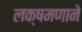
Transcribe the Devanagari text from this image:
लक्षमणाने